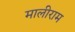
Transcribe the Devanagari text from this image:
मालीराम